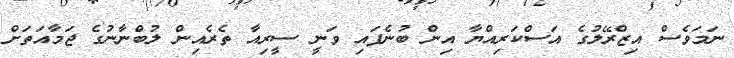
ނަމަވެސް އިޒްރޭލުގެ އަސްކަރިއްޔާ އިން ބުނެފައި ވަނީ ސީރިއާ ތެރެއިން ލުބްނާނުގެ ޖަމާއަތަށް